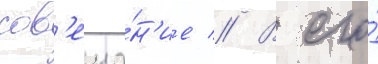
сов'еща́н'ие // В его́